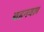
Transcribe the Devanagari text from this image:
बडनवल